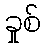
ခှုစ်